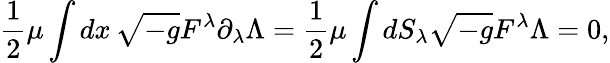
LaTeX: {\frac{1}{2}}\mu\int dx\, \sqrt{-g}F^{\lambda}\partial_{\lambda}\Lambda={\frac{1}{2}}\mu\int dS_{\lambda}\sqrt{-g}F^{\lambda}\Lambda=0,